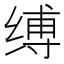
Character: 缚